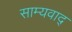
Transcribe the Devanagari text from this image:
साम्यवाद्